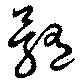
髄